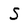
Character: S